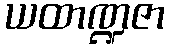
ယထာဏ္ဍဇာ